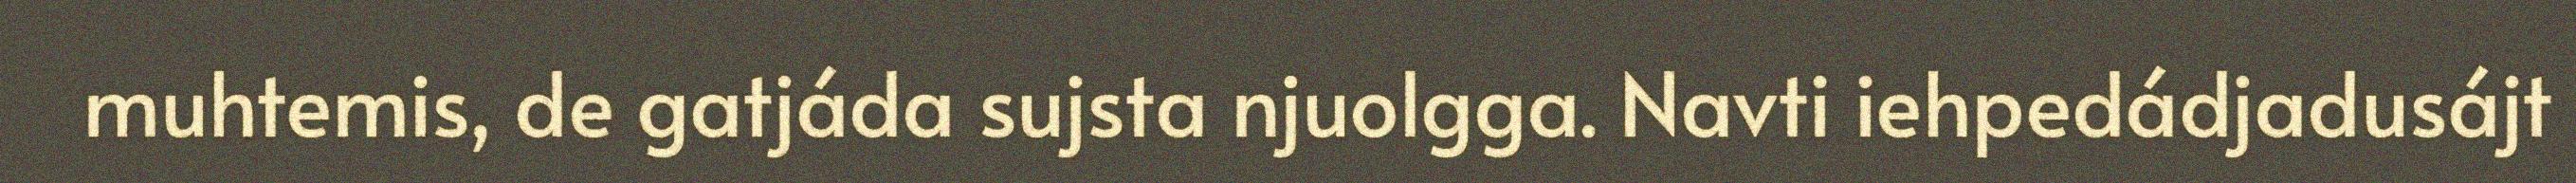
muhtemis, de gatjáda sujsta njuolgga. Navti iehpedádjadusájt